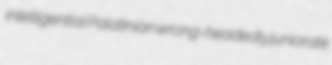
intelligential Palatinian wrong-headedly juniorate